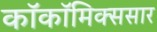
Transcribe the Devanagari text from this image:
काॅकॉमिक्ससार